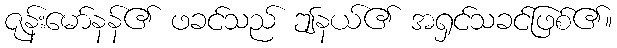
ဇုန်းမော်နန်၏ ဖခင်သည် ဤနယ်၏ အရှင်သခင်ဖြစ်၏။